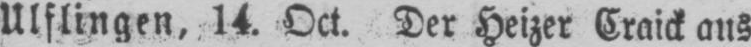
Ulflingen, 14. Oct. Der Heizer Craick aus